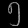
Digit: ၅